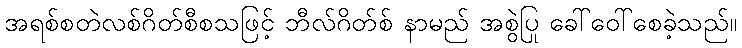
အရစ်စတဲလစ်ဂိတ်စီစသဖြင့် ဘီလ်ဂိတ်စ် နာမည် အစွဲပြု ခေါ်ဝေါ်စေခဲ့သည်။